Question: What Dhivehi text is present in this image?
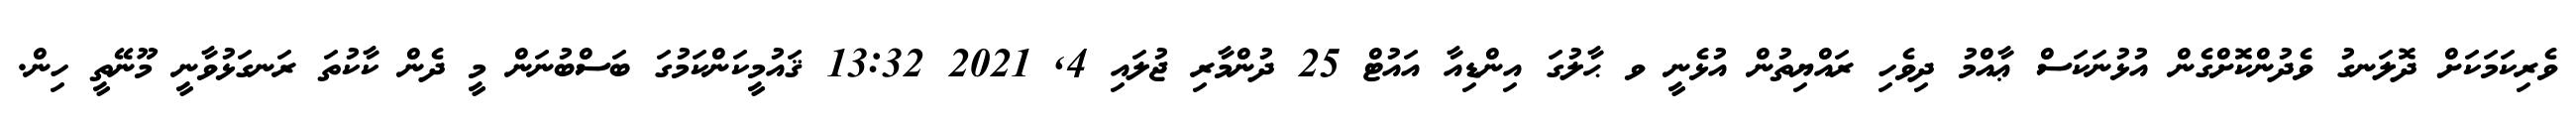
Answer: ވެރިކަމަކަށް ދޮލަނގު ވެދުންކޮށްގެން އުޅުނަކަސް ޢާއްމު ދިވެހި ރައްޔިތުން އުޅެނީ ވ ޙާލުގަ އިންޑިއާ އައުޓް 25 ދުންމާރި ޖުލައި 4, 2021 13:32 ޤައުމީކަންކަމުގަ ބަސްބުނަން މީ ދެން ކާކުތަ ރަނގަޅުވާނީ މޫނޭތީ ހިން.